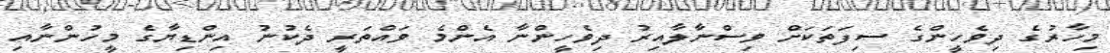
މިހާރުގެ ދިވެހީންގެ ސިފަތަކަށް ވިސްނާލާއިރު ދިވެހީންނާ އެންމެ ވައްތަރީ ދެކުނު އިންޑިޔާގެ މީހުންނާއި